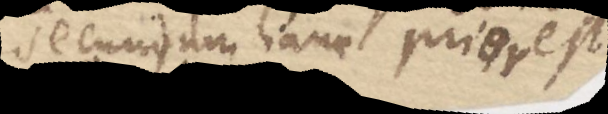
secundum hanc prior est